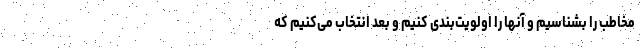
مخاطب را بشناسیم و آنها را اولویت‌بندی کنیم و بعد انتخاب می‌کنیم که